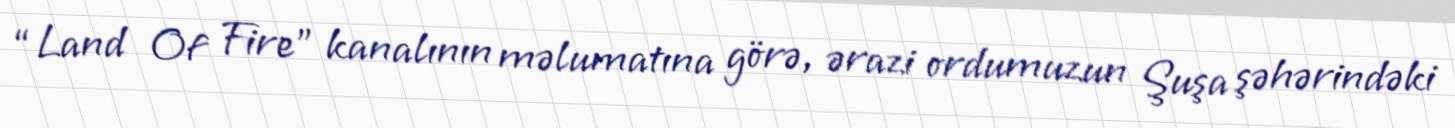
“Land Of Fire” kanalının məlumatına görə, ərazi ordumuzun Şuşa şəhərindəki